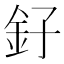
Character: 釨